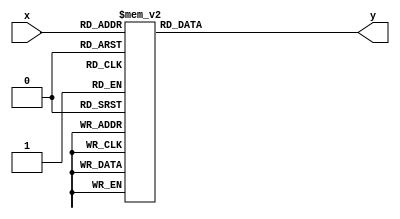
`timescale 1ns / 1ps
//////////////////////////////////////////////////////////////////////////////////
// Student: Tawseef Patel 101145333
// 
// Design Name: Lab3_1_1.v
// Module Name: decoder_3to8_dataflow
// Project Name: Lab3_1_1
//
//////////////////////////////////////////////////////////////////////////////////



module decoder_3to8_dataflow(
    input [2:0] x,
    output reg [7:0] y
 );
    
always@(*)
begin
    case(x)
        3'b000 : y = 8'b00000001;
        3'b001 : y = 8'b00000010;
        3'b010 : y = 8'b00000100;
        3'b011 : y = 8'b00001000;
        3'b100 : y = 8'b00010000;
        3'b101 : y = 8'b00100000;
        3'b110 : y = 8'b01000000;
        3'b111 : y = 8'b10000000;
        default: y = 8'b00000001;
   endcase
end
endmodule